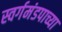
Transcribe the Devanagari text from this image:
स्वर्गमंडपाच्या